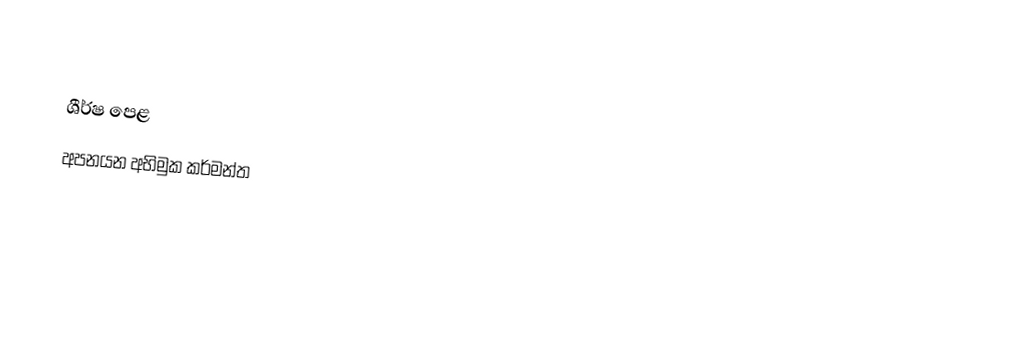

ශීර්ෂ පෙළ
අපනයන අභිමුක කර්මන්ත